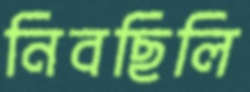
নিবছিলি